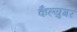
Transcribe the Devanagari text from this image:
कैल्युगर